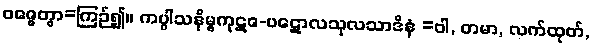
ဝဇ္ဇေတွာ=ကြဉ်၍။ ကပ္ပါသနိမ္ဗကုဋဇ-ပဋောလသုလသာဒိနံ =ဝါ, တမာ, လက်ထုတ်,